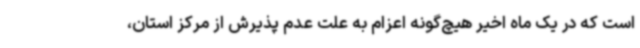
است که در یک ماه اخیر هیچ‌گونه اعزام به علت عدم پذیرش از مرکز استان،